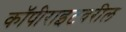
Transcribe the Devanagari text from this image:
कॉपीराइटवरील